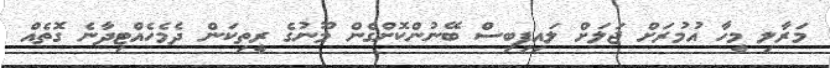
މަރާލި މީހާ އުމުރަށް ޖަލަށް ލައިފިބިސް ބޭނުންކޮށްގެން މޫނުގެ ރީތިކަން ދެމެހެއްޓިދާނެ ގޮތެއް